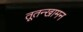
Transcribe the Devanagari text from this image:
तूतन्खामन